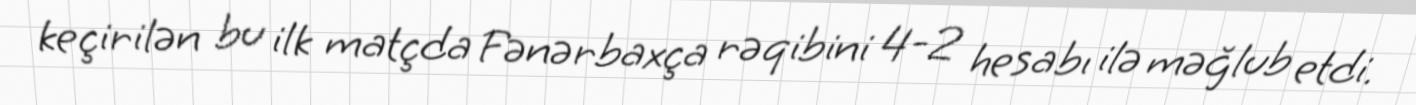
keçirilən bu ilk matçda Fənərbaxça rəqibini 4-2 hesabı ilə məğlub etdi.